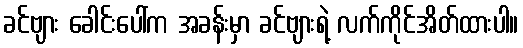
ခင်ဗျား ခေါင်းပေါ်က အခန်းမှာ ခင်ဗျားရဲ့ လက်ကိုင်အိတ်ထားပါ။